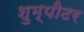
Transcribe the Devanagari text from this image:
शुम्पीटर